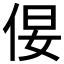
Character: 𪜿